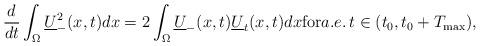
LaTeX: \begin{align*}\frac{d}{dt}\int_{\Omega}\underline U_-^2(x,t)dx=2\int_{\Omega}\underline U_-(x,t)\underline U_t(x,t)dx{\rm for}a.e.\, t\in (t_0,t_0+T_{\max}),\end{align*}